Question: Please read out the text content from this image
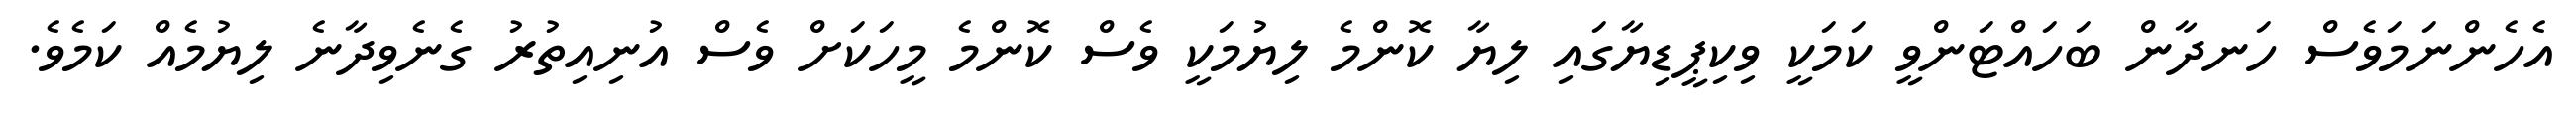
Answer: އެހެންނަމަވެސް ހަނދާން ބަހައްޓަންވީ ކަމަކީ ވިކިޕީޑިޔާގައި ލިޔާ ކޮންމެ ލިޔުމަކީ ވެސް ކޮންމެ މީހަކަށް ވެސް އުނިއިތުރު ގެނެވިދާނެ ލިޔުމެއް ކަމެވެ.